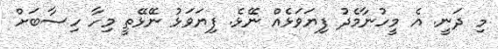
މި ދަނީ. އެ މީހުނާމެދު ފިޔަވަޅެއް ނޭޅެ. ފިޔަވަޅު ނޭޅޭތީ މިހާ ހިސާބަށް